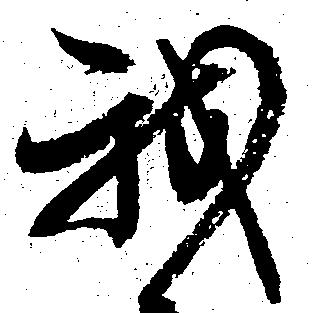
我